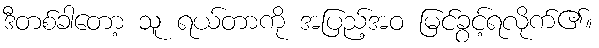
ဒီတစ်ခါတော့ သူ ရယ်တာကို အပြည့်အဝ မြင်ခွင့်ရလိုက်၏။